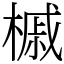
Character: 槭